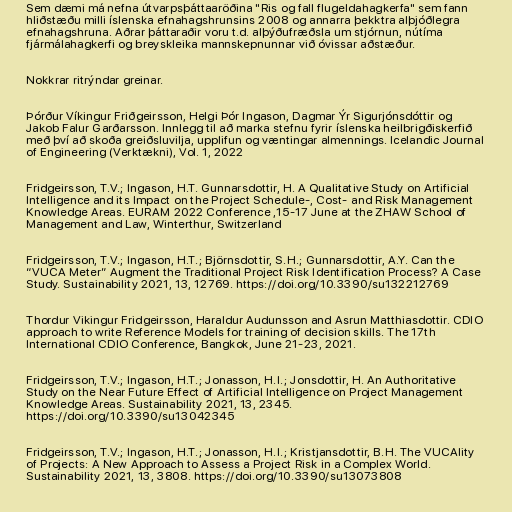
Sem dæmi má nefna útvarpsþáttaaröðina "Ris og fall flugeldahagkerfa" sem fann
hliðstæðu milli íslenska efnahagshrunsins 2008 og annarra þekktra alþjóðlegra
efnahagshruna. Aðrar þáttaraðir voru t.d. alþýðufræðsla um stjórnun, nútíma
fjármálahagkerfi og breyskleika mannskepnunnar við óvissar aðstæður.

Nokkrar ritrýndar greinar.

Þórður Víkingur Friðgeirsson, Helgi Þór Ingason, Dagmar Ýr Sigurjónsdóttir og
Jakob Falur Garðarsson. Innlegg til að marka stefnu fyrir íslenska heilbrigðiskerfið
með því að skoða greiðsluvilja, upplifun og væntingar almennings. Icelandic Journal
of Engineering (Verktækni), Vol. 1, 2022

Fridgeirsson, T.V.; Ingason, H.T. Gunnarsdottir, H. A Qualitative Study on Artificial
Intelligence and its Impact on the Project Schedule-, Cost- and Risk Management
Knowledge Areas. EURAM 2022 Conference ,15-17 June at the ZHAW School of
Management and Law, Winterthur, Switzerland

Fridgeirsson, T.V.; Ingason, H.T.; Björnsdottir, S.H.; Gunnarsdottir, A.Y. Can the
“VUCA Meter” Augment the Traditional Project Risk Identification Process? A Case
Study. Sustainability 2021, 13, 12769. https://doi.org/10.3390/su132212769

Thordur Vikingur Fridgeirsson, Haraldur Audunsson and Asrun Matthiasdottir. CDIO
approach to write Reference Models for training of decision skills. The 17th
International CDIO Conference, Bangkok, June 21-23, 2021.

Fridgeirsson, T.V.; Ingason, H.T.; Jonasson, H.I.; Jonsdottir, H. An Authoritative
Study on the Near Future Effect of Artificial Intelligence on Project Management
Knowledge Areas. Sustainability 2021, 13, 2345.
https://doi.org/10.3390/su13042345

Fridgeirsson, T.V.; Ingason, H.T.; Jonasson, H.I.; Kristjansdottir, B.H. The VUCAlity
of Projects: A New Approach to Assess a Project Risk in a Complex World.
Sustainability 2021, 13, 3808. https://doi.org/10.3390/su13073808